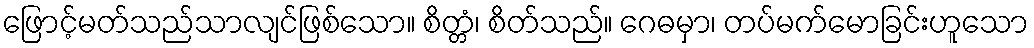
ဖြောင့်မတ်သည်သာလျင်ဖြစ်သော။ စိတ္တံ၊ စိတ်သည်။ ဂေဓမှာ၊ တပ်မက်မောခြင်းဟူသော